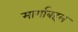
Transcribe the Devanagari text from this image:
मार्गाबद्दल